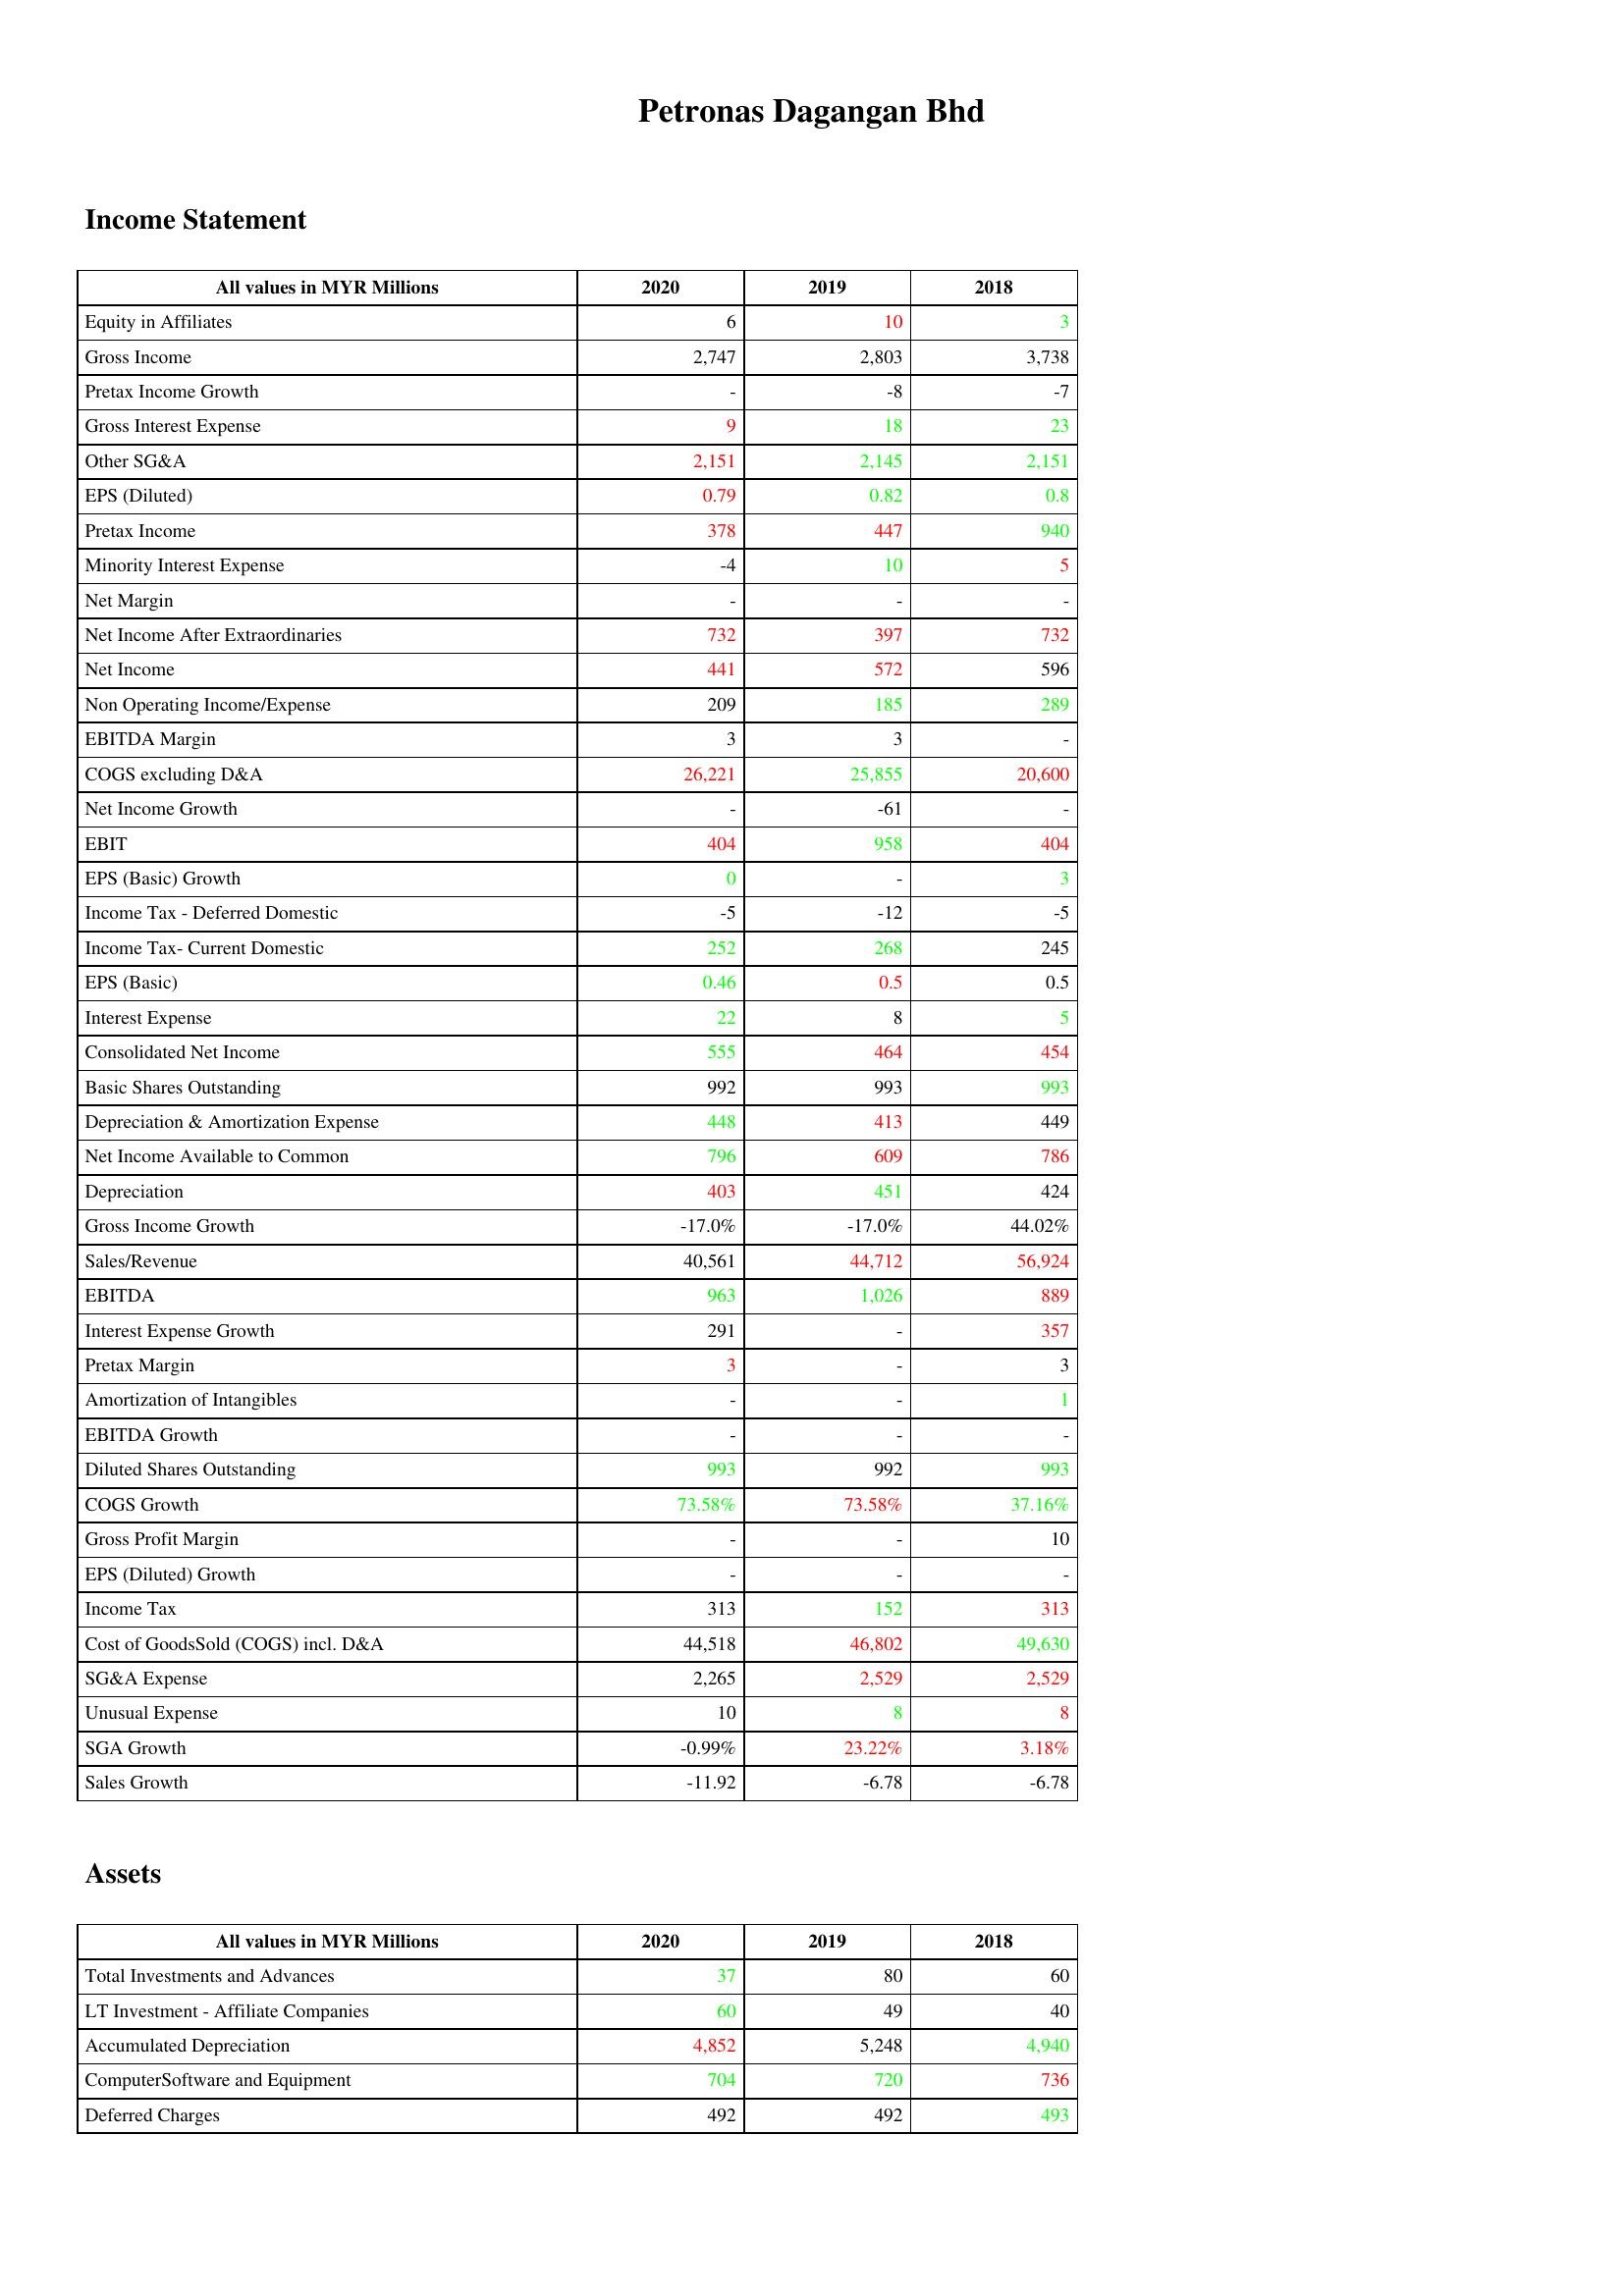
gt_parse: 2020: Income Statement: Equity in Affiliates: 6
Gross Income: 2,747
Pretax Income Growth: -
Gross Interest Expense: 9
Other SG&A: 2,151
EPS (Diluted): 0.79
Pretax Income: 378
Minority Interest Expense: -4
Net Margin: -
Net Income After Extraordinaries: 732
Net Income: 441
Non Operating Income/Expense: 209
EBITDA Margin: 3
COGS excluding D&A: 26,221
Net Income Growth: -
EBIT: 404
EPS (Basic) Growth: 0
Income Tax - Deferred Domestic: -5
Income Tax- Current Domestic: 252
EPS (Basic): 0.46
Interest Expense: 22
Consolidated Net Income: 555
Basic Shares Outstanding: 992
Depreciation & Amortization Expense: 448
Net Income Available to Common: 796
Depreciation: 403
Gross Income Growth: -17.0%
Sales/Revenue: 40,561
EBITDA: 963
Interest Expense Growth: 291
Pretax Margin: 3
Amortization of Intangibles: -
EBITDA Growth: -
Diluted Shares Outstanding: 993
COGS Growth: 73.58%
Gross Profit Margin: -
EPS (Diluted) Growth: -
Income Tax: 313
Cost of GoodsSold (COGS) incl. D&A: 44,518
SG&A Expense: 2,265
Unusual Expense: 10
SGA Growth: -0.99%
Sales Growth: -11.92
Assets: Total Investments and Advances: 37
LT Investment - Affiliate Companies: 60
Accumulated Depreciation: 4,852
ComputerSoftware and Equipment: 704
Deferred Charges: 492
2019: Income Statement: Equity in Affiliates: 10
Gross Income: 2,803
Pretax Income Growth: -8
Gross Interest Expense: 18
Other SG&A: 2,145
EPS (Diluted): 0.82
Pretax Income: 447
Minority Interest Expense: 10
Net Margin: -
Net Income After Extraordinaries: 397
Net Income: 572
Non Operating Income/Expense: 185
EBITDA Margin: 3
COGS excluding D&A: 25,855
Net Income Growth: -61
EBIT: 958
EPS (Basic) Growth: -
Income Tax - Deferred Domestic: -12
Income Tax- Current Domestic: 268
EPS (Basic): 0.5
Interest Expense: 8
Consolidated Net Income: 464
Basic Shares Outstanding: 993
Depreciation & Amortization Expense: 413
Net Income Available to Common: 609
Depreciation: 451
Gross Income Growth: -17.0%
Sales/Revenue: 44,712
EBITDA: 1,026
Interest Expense Growth: -
Pretax Margin: -
Amortization of Intangibles: -
EBITDA Growth: -
Diluted Shares Outstanding: 992
COGS Growth: 73.58%
Gross Profit Margin: -
EPS (Diluted) Growth: -
Income Tax: 152
Cost of GoodsSold (COGS) incl. D&A: 46,802
SG&A Expense: 2,529
Unusual Expense: 8
SGA Growth: 23.22%
Sales Growth: -6.78
Assets: Total Investments and Advances: 80
LT Investment - Affiliate Companies: 49
Accumulated Depreciation: 5,248
ComputerSoftware and Equipment: 720
Deferred Charges: 492
2018: Income Statement: Equity in Affiliates: 3
Gross Income: 3,738
Pretax Income Growth: -7
Gross Interest Expense: 23
Other SG&A: 2,151
EPS (Diluted): 0.8
Pretax Income: 940
Minority Interest Expense: 5
Net Margin: -
Net Income After Extraordinaries: 732
Net Income: 596
Non Operating Income/Expense: 289
EBITDA Margin: -
COGS excluding D&A: 20,600
Net Income Growth: -
EBIT: 404
EPS (Basic) Growth: 3
Income Tax - Deferred Domestic: -5
Income Tax- Current Domestic: 245
EPS (Basic): 0.5
Interest Expense: 5
Consolidated Net Income: 454
Basic Shares Outstanding: 993
Depreciation & Amortization Expense: 449
Net Income Available to Common: 786
Depreciation: 424
Gross Income Growth: 44.02%
Sales/Revenue: 56,924
EBITDA: 889
Interest Expense Growth: 357
Pretax Margin: 3
Amortization of Intangibles: 1
EBITDA Growth: -
Diluted Shares Outstanding: 993
COGS Growth: 37.16%
Gross Profit Margin: 10
EPS (Diluted) Growth: -
Income Tax: 313
Cost of GoodsSold (COGS) incl. D&A: 49,630
SG&A Expense: 2,529
Unusual Expense: 8
SGA Growth: 3.18%
Sales Growth: -6.78
Assets: Total Investments and Advances: 60
LT Investment - Affiliate Companies: 40
Accumulated Depreciation: 4,940
ComputerSoftware and Equipment: 736
Deferred Charges: 493